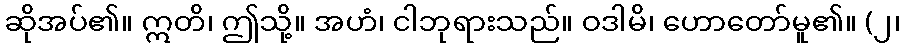
ဆိုအပ်၏။ ဣတိ၊ ဤသို့။ အဟံ၊ ငါဘုရားသည်။ ဝဒါမိ၊ ဟောတော်မူ၏။ (၂၊